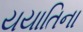
યયાતિના